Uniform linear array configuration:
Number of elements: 16
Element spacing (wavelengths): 1
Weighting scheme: hamming
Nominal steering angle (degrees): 30
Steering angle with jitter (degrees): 31.137
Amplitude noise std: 0.05
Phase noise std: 0.05

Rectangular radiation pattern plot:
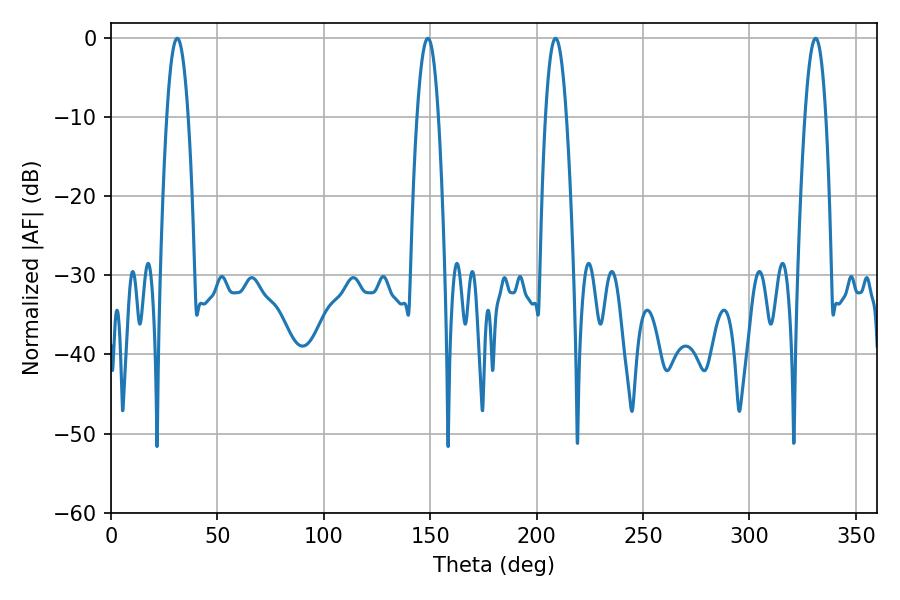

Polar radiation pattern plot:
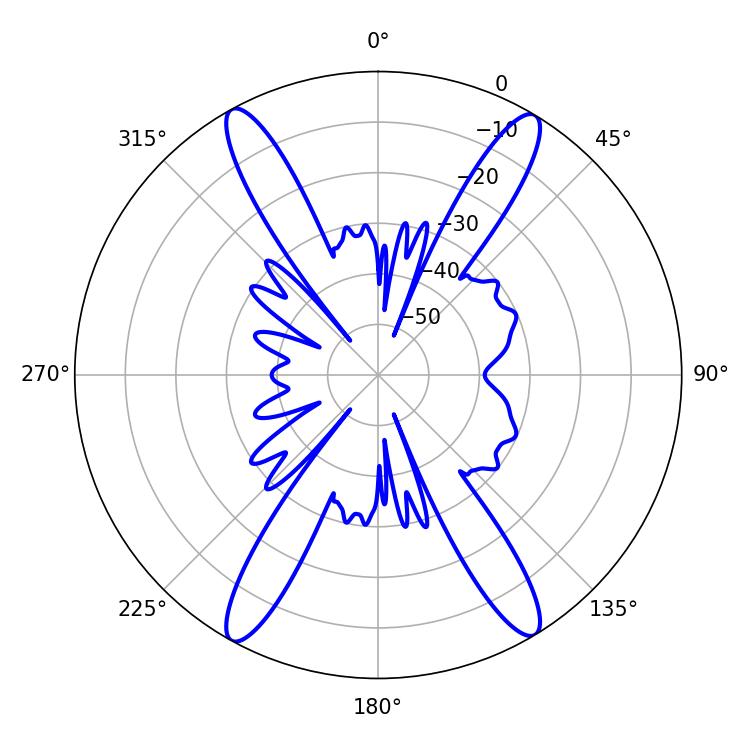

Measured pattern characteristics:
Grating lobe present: TRUE
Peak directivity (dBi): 23.302
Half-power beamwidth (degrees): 5.4
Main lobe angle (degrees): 31.14